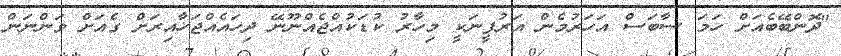
"ދޮންބޭބެއަށް ހަމަ ސާބަސް އަހަރުމެން އަރުފީނަކީ މިހާރު ކުޑަކުއްޖެއްނޫނޭ ދިހައެއްޖަހާއިރަށް ގެއަށް ވަންނަން